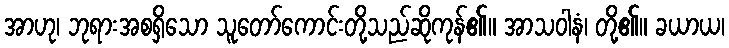
အာဟု၊ ဘုရားအစရှိသော သူတော်ကောင်းတို့သည်ဆိုကုန်၏။ အာသဝါနံ၊ တို့၏။ ခယာယ၊